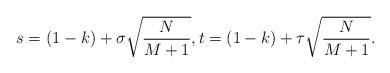
LaTeX: \begin{align*} s = (1 - k) + \sigma\sqrt{\frac{N}{M + 1}}, t = (1 - k) + \tau\sqrt{\frac{N}{M + 1}}. \end{align*}